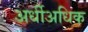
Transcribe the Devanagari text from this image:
अर्धीअधिक